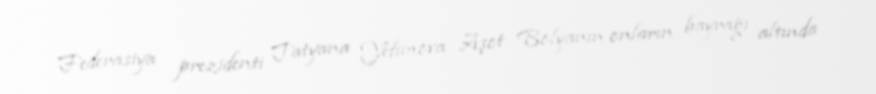
Federasiya prezidenti Tatyana Yefimova Aşot Bolyanın onların bayrağı altında